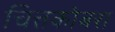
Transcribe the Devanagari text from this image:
चित्तकोबरा